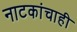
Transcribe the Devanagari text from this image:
नाटकांचाही